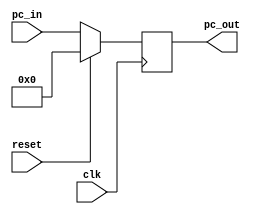
						 module pc(pc_out,pc_in,clk,reset);
input [31:0] pc_in;
input clk , reset;
output [31:0] pc_out;
reg [31:0] pc_out ;
always @(posedge clk)
   begin
        if (reset)
              pc_out=0;
       else 
              pc_out=pc_in;
   end
endmodule    
//Magdy Mohamed Abdel Moneim Hafez